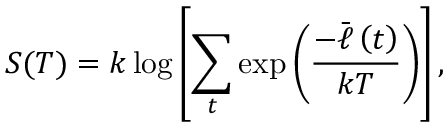
S ( T ) = k \log \left[ \sum _ { t } \exp \left( \frac { - \bar { \ell } \left( t \right) } { k T } \right) \right] ,